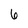
Character: 6